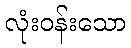
လုံးဝန်းသော